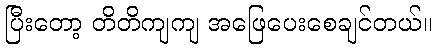
ပြီးတော့ တိတိကျကျ အဖြေပေးစေချင်တယ်။